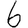
Digit: 6